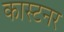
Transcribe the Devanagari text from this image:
कास्टनर